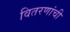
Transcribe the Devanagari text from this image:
वितरणांची